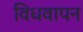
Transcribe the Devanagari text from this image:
विधवापन